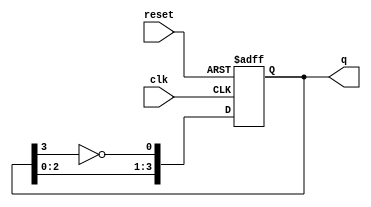
module johnson_cnt(
    input clk,
    input reset,
    output reg [3:0] q
);

always @ (posedge clk or negedge reset) begin
    if(!reset)
        q <= 4'b0000;
    else begin
        q[3] <= q[2];
        q[2] <= q[1];
        q[1] <= q[0];
        q[0] <= (~q[3]);
    end
end
endmodule